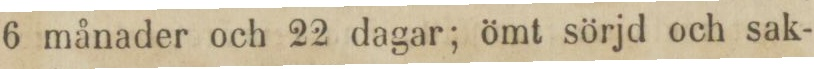
6 månader och 22 dagar; ömt sörjd och sak-